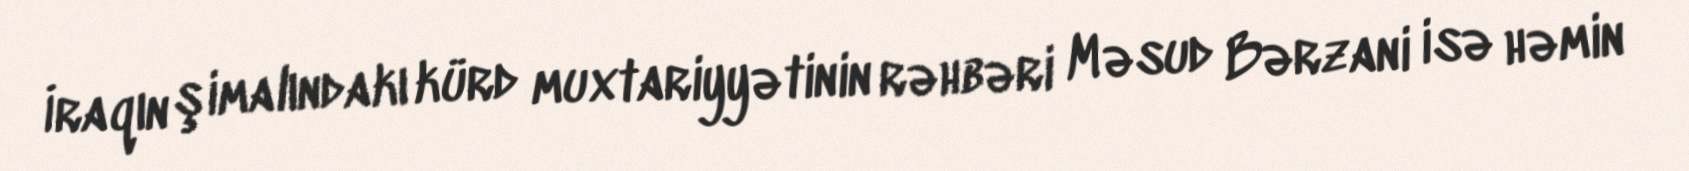
İraqın şimalındakı kürd muxtariyyətinin rəhbəri Məsud Bərzani isə həmin